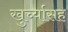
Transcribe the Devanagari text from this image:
खुर्च्यासह